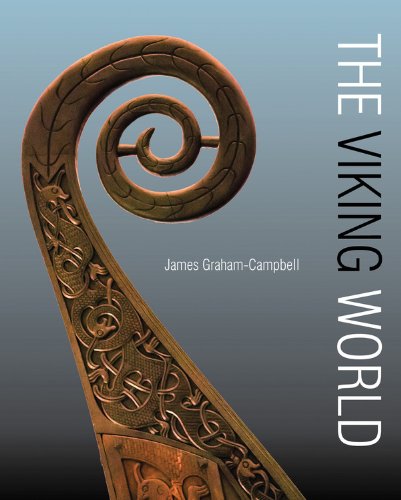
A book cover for The Viking World; James Graham-Campbell; History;